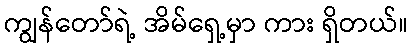
ကျွန်တော်ရဲ့ အိမ်ရှေ့မှာ ကား ရှိတယ်။